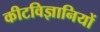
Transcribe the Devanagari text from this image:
कीटविज्ञानियों